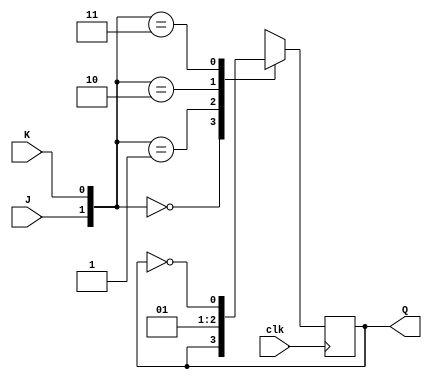
module JKFF (output reg Q, input J, input K, input clk);

    initial begin
        Q = 0;
    end

    always @ (posedge clk) begin
        case({J,K})
            2'b00: Q <= Q;
            2'b01: Q <= 0;
            2'b10: Q <= 1;
            2'b11: Q <= ~Q;
        endcase
    end
endmodule